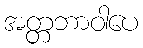
အတ္တဘာဝါပေ